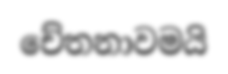
චේතනාවමයි